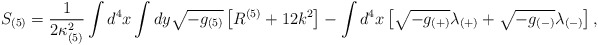
\begin{align*} S_{(5)} = \frac{1}{2 \kappa^2_{(5)}} \int d^4 x \int dy \sqrt{-g_{(5)}} \left[ R^{(5)} + 12k^2 \right] - \int d^4 x \left[\sqrt{-g_{(+)}} \lambda_{(+)} +\sqrt{-g_{(-)}} \lambda_{(-)} \right],\end{align*}